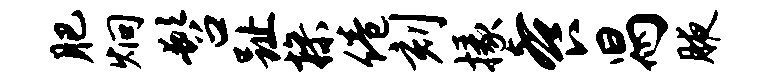
肥炯髫趾操倦刻掾餐舄腋